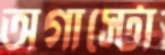
অগাস্টো